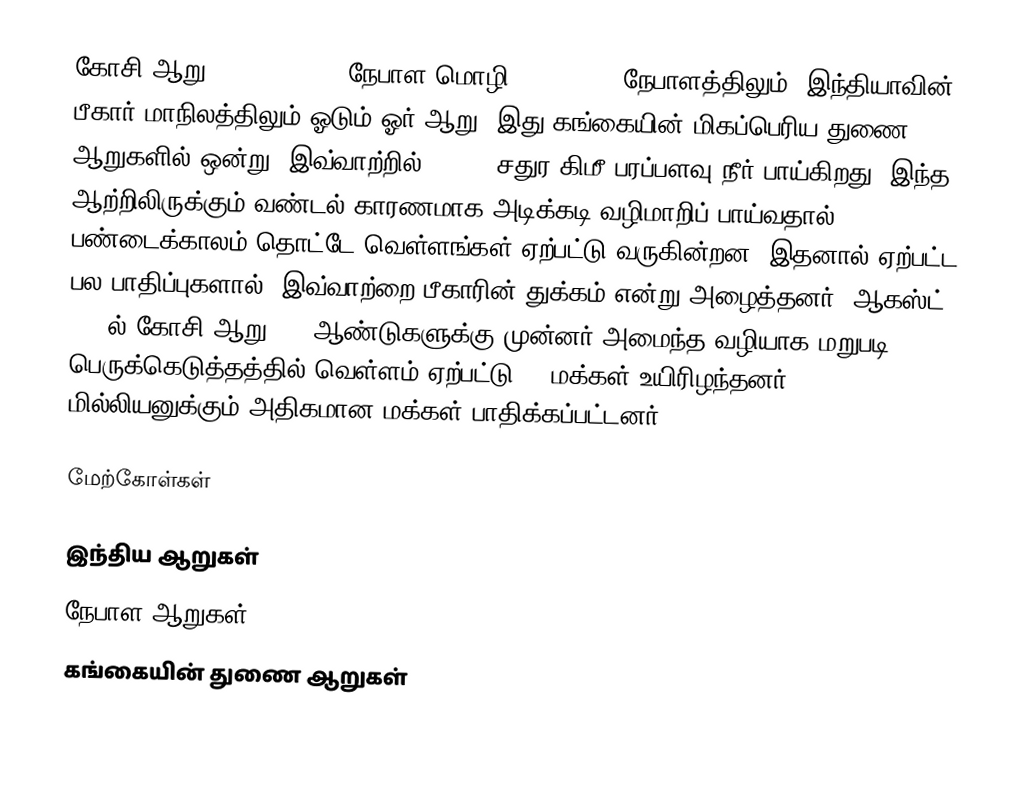
கோசி ஆறு (Koshi River, நேபாள மொழி: कोशी नदी) நேபாளத்திலும், இந்தியாவின் பீகார் மாநிலத்திலும் ஓடும் ஓர் ஆறு. இது கங்கையின் மிகப்பெரிய துணை ஆறுகளில் ஒன்று. இவ்வாற்றில் 69,300 சதுர கிமீ பரப்பளவு நீர் பாய்கிறது. இந்த ஆற்றிலிருக்கும் வண்டல் காரணமாக அடிக்கடி வழிமாறிப் பாய்வதால் பண்டைக்காலம் தொட்டே  வெள்ளங்கள் ஏற்பட்டு வருகின்றன. இதனால் ஏற்பட்ட பல பாதிப்புகளால், இவ்வாற்றை பீகாரின் துக்கம் என்று அழைத்தனர். ஆகஸ்ட் 2008ல் கோசி ஆறு 100 ஆண்டுகளுக்கு முன்னர் அமைந்த வழியாக மறுபடி பெருக்கெடுத்தத்தில் வெள்ளம் ஏற்பட்டு 60 மக்கள் உயிரிழந்தனர்; 2 மில்லியனுக்கும் அதிகமான மக்கள் பாதிக்கப்பட்டனர்.

மேற்கோள்கள்

இந்திய ஆறுகள்
நேபாள ஆறுகள்
கங்கையின் துணை ஆறுகள்